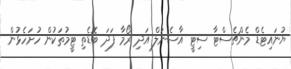
ޔުނައިޓެޑް މެންޗެސްޓާ ސިޓީ އާސެނަލް އަދި ރޯމާ ފަދަ ބޮޑެތި ޓީމުތަކުން ހުށަހެޅުން